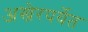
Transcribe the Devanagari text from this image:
अखेरपर्येत